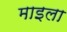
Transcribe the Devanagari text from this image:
माइला